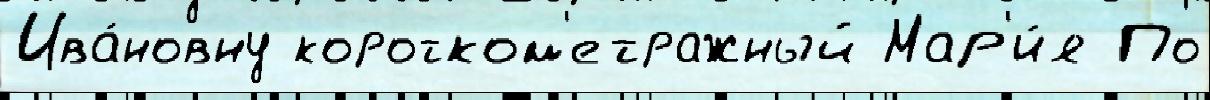
Ива́новну коротком'етражный Мар'и́я По